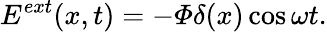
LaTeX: E^{ext}(x,t)=-\varPhi\delta(x)\cos\omega t.